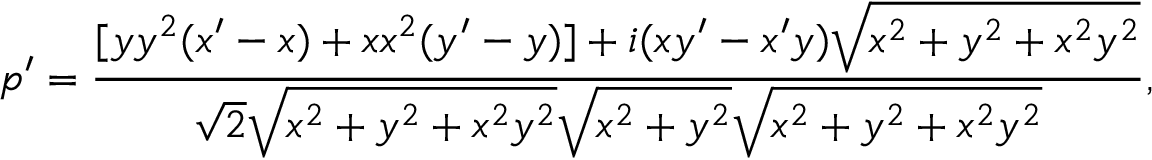
p ^ { \prime } = { \frac { [ y y ^ { 2 } ( x ^ { \prime } - x ) + x x ^ { 2 } ( y ^ { \prime } - y ) ] + i ( x y ^ { \prime } - x ^ { \prime } y ) { \sqrt { x ^ { 2 } + y ^ { 2 } + x ^ { 2 } y ^ { 2 } } } } { { \sqrt { 2 } } { \sqrt { x ^ { 2 } + y ^ { 2 } + x ^ { 2 } y ^ { 2 } } } { \sqrt { x ^ { 2 } + y ^ { 2 } } } { \sqrt { x ^ { 2 } + y ^ { 2 } + x ^ { 2 } y ^ { 2 } } } } } ,